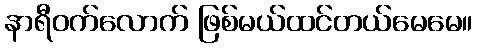
နာရီဝက်လောက် ဖြစ်မယ်ထင်တယ်မေမေ။